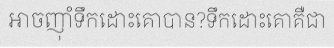
អាចញ៉ាំទឹកដោះគោបាន?ទឹកដោះគោគឺជា